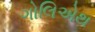
ગોલિએથ